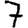
Digit: 7